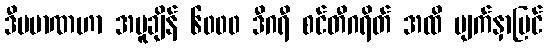
ဒီပမာဏဟာ အပူချိန် ၆၀၀၀ ဒီဂရီ စင်တီဂရိတ် အထိ မျက်နှာပြင်